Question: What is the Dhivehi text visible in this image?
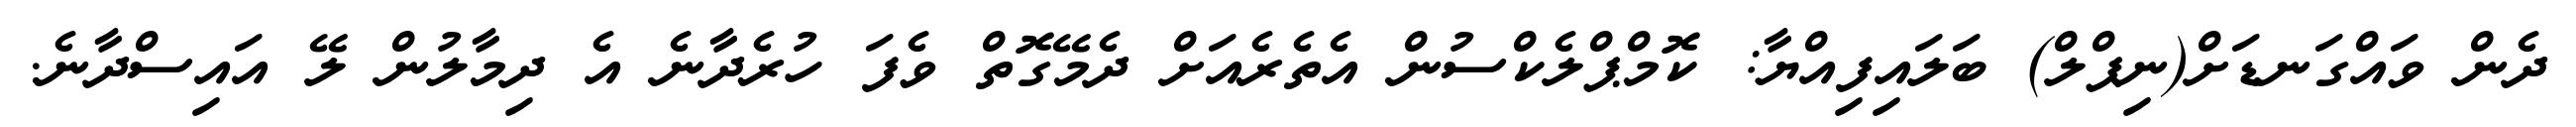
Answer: ދެން ވައްގަނޑަށް(ނިޕްލް) ބަލައިފިއްޔާ: ކޮމްޕްލެކްސުން އެތެރެއަށް ދެމޭގޮތް ވެފަ ހުރެދާނެ އެ ދިމާލުން ލޭ އައިސްދާނެ.